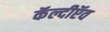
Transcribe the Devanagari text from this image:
कॅल्दीऍव